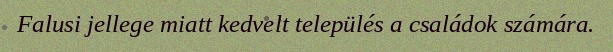
Falusi jellege miatt kedvelt település a családok számára.